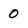
Character: 0